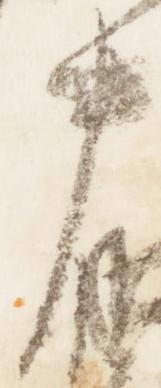
中